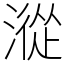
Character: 漎